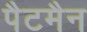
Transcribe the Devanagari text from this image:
पैटमैन